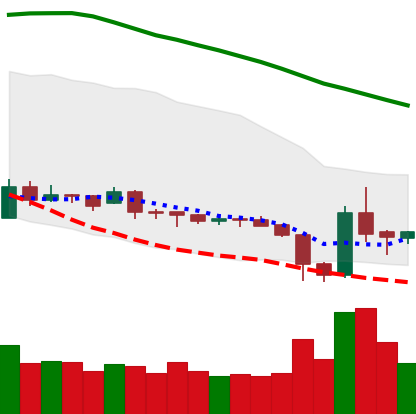
Ticker: XRP-USD
Chart end date: 2019-02-02
Forward return: -6.206%
Label: down_5_7